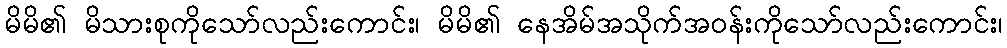
မိမိ၏ မိသားစုကိုသော်လည်းကောင်း၊ မိမိ၏ နေအိမ်အသိုက်အဝန်းကိုသော်လည်းကောင်း၊